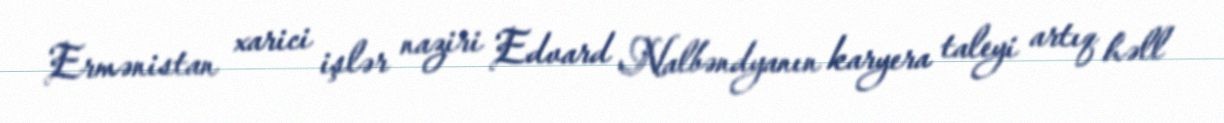
Ermənistan xarici işlər naziri Edvard Nalbəndyanın karyera taleyi artıq həll